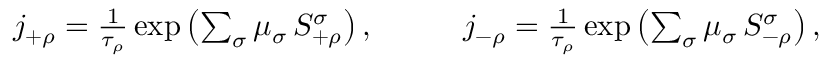
\begin{array} { r l r } { j _ { + \rho } = \frac { 1 } { \tau _ { \rho } } \exp \left( \sum _ { \sigma } \mu _ { \sigma } \, S _ { + \rho } ^ { \sigma } \right) , } & { { } \quad } & { j _ { - \rho } = \frac { 1 } { \tau _ { \rho } } \exp \left( \sum _ { \sigma } \mu _ { \sigma } \, S _ { - \rho } ^ { \sigma } \right) , } \end{array}